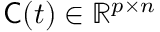
{ \sf C } ( t ) \in \mathbb { R } ^ { p \times n }